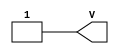
/*
 *  yosys -- Yosys Open SYnthesis Suite
 *
 *  Copyright (C) 2012  Clifford Wolf <clifford@clifford.at>
 *
 *  Permission to use, copy, modify, and/or distribute this software for any
 *  purpose with or without fee is hereby granted, provided that the above
 *  copyright notice and this permission notice appear in all copies.
 *
 *  THE SOFTWARE IS PROVIDED "AS IS" AND THE AUTHOR DISCLAIMS ALL WARRANTIES
 *  WITH REGARD TO THIS SOFTWARE INCLUDING ALL IMPLIED WARRANTIES OF
 *  MERCHANTABILITY AND FITNESS. IN NO EVENT SHALL THE AUTHOR BE LIABLE FOR
 *  ANY SPECIAL, DIRECT, INDIRECT, OR CONSEQUENTIAL DAMAGES OR ANY DAMAGES
 *  WHATSOEVER RESULTING FROM LOSS OF USE, DATA OR PROFITS, WHETHER IN AN
 *  ACTION OF CONTRACT, NEGLIGENCE OR OTHER TORTIOUS ACTION, ARISING OUT OF
 *  OR IN CONNECTION WITH THE USE OR PERFORMANCE OF THIS SOFTWARE.
 *
 */
module VCC (output V);
   assign V = 1'b1;
endmodule // VCC

module GND (output G);
   assign G = 1'b0;
endmodule // GND

/* Altera Cyclone V devices Input Buffer Primitive */
module cyclonev_io_ibuf
  (output o, input i, input ibar);
   assign ibar = ibar;
   assign o    = i;
endmodule // cyclonev_io_ibuf

/* Altera Cyclone V devices Output Buffer Primitive */
module cyclonev_io_obuf
  (output o, input i, input oe);
   assign o  = i;
   assign oe = oe;
endmodule // cyclonev_io_obuf

/* Altera Cyclone V LUT Primitive */
module cyclonev_lcell_comb
  (output combout, cout, sumout, shareout,
   input dataa, datab, datac, datad,
   input datae, dataf, datag, cin,
   input sharein);

   parameter lut_mask      = 64'hFFFFFFFFFFFFFFFF;
   parameter dont_touch    = "off";
   parameter lpm_type      = "cyclonev_lcell_comb";
   parameter shared_arith  = "off";
   parameter extended_lut  = "off";

   // Internal variables
   // Sub mask for fragmented LUTs
   wire [15:0] mask_a, mask_b, mask_c, mask_d;
   // Independent output for fragmented LUTs
   wire        output_0, output_1, output_2, output_3;
   // Extended mode uses mux to define the output
   wire        mux_0, mux_1;
   // Input for hold the shared LUT mode value
   wire        shared_lut_alm;

   // Simulation model of 4-input LUT
   function lut4;
      input [15:0] mask;
      input        dataa, datab, datac, datad;
      reg [7:0]    s3;
      reg [3:0]    s2;
      reg [1:0]    s1;
      begin
         s3   = datad ? mask[15:8] : mask[7:0];
         s2   = datac ?   s3[7:4]  :   s3[3:0];
         s1   = datab ?   s2[3:2]  :   s2[1:0];
         lut4 = dataa ? s1[1] : s1[0];
      end
   endfunction // lut4

   // Simulation model of 5-input LUT
   function lut5;
      input [31:0] mask; // wp-01003.pdf, page 3: "a 5-LUT can be built with two 4-LUTs and a multiplexer.
      input        dataa, datab, datac, datad, datae;
      reg          upper_lut_value;
      reg          lower_lut_value;
      begin
         upper_lut_value = lut4(mask[31:16], dataa, datab, datac, datad);
         lower_lut_value = lut4(mask[15:0], dataa, datab, datac, datad);
         lut5            = (datae) ? upper_lut_value : lower_lut_value;
      end
   endfunction // lut5

   // Simulation model of 6-input LUT
   function lut6;
      input [63:0] mask;
      input        dataa, datab, datac, datad, datae, dataf;
      reg          upper_lut_value;
      reg          lower_lut_value;
      reg          out_0, out_1, out_2, out_3;
      begin
         upper_lut_value = lut5(mask[63:32], dataa, datab, datac, datad, datae);
         lower_lut_value = lut5(mask[31:0], dataa, datab, datac, datad, datae);
         lut6            = (dataf) ?  upper_lut_value : lower_lut_value;
      end
   endfunction // lut6

   assign {mask_a, mask_b, mask_c, mask_d} = {lut_mask[15:0], lut_mask[31:16], lut_mask[47:32], lut_mask[63:48]};
`ifdef ADVANCED_ALM
   always @(*) begin
      if(extended_lut == "on")
        shared_lut_alm = datag;
      else
        shared_lut_alm = datac;
      // Build the ALM behaviour
      out_0 = lut4(mask_a, dataa, datab, datac, datad);
      out_1 = lut4(mask_b, dataa, datab, shared_lut_alm, datad);
      out_2 = lut4(mask_c, dataa, datab, datac, datad);
      out_3 = lut4(mask_d, dataa, datab, shared_lut_alm, datad);
   end
`else
   `ifdef DEBUG
       initial $display("Advanced ALM lut combine is not implemented yet");
   `endif
`endif
endmodule // cyclonev_lcell_comb


/* Altera D Flip-Flop Primitive */
module dffeas
  (output q,
   input d, clk, clrn, prn, ena,
   input asdata, aload, sclr, sload);

   // Timing simulation is not covered
   parameter power_up="dontcare";
   parameter is_wysiwyg="false";

   reg   q_tmp;
   wire  reset;
   reg [7:0] debug_net;

   assign reset       = (prn && sclr && ~clrn && ena);
   assign q           = q_tmp & 1'b1;

   always @(posedge clk, posedge aload) begin
      if(reset)        q_tmp <= 0;
      else q_tmp <= d;
   end
   assign q = q_tmp;

endmodule // dffeas